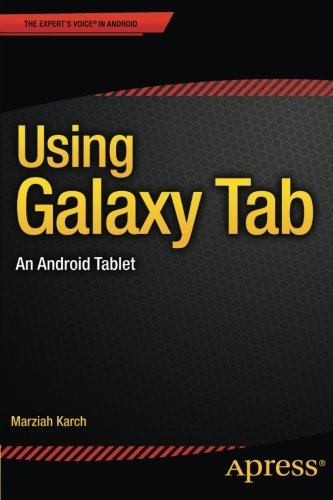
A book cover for Using Galaxy Tab: An Android Tablet; Marziah Karch; Computers & Technology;